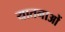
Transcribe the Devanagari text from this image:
यातनाआें